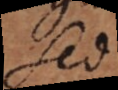
Sed